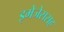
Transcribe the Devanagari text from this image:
इमेजेससह